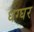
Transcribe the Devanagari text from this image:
धग्घर